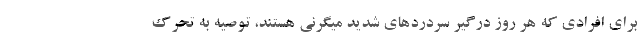
برای افرادی که هر روز درگیر سردردهای شدید میگرنی هستند، توصیه به تحرک